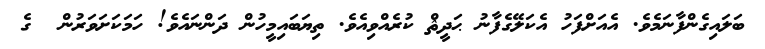
ބަލައިގެންފާނަމެވެ. އެއަށްފަހު އެކަލޭގެފާނު ޙަދީޘް ކުރެއްވިއެވެ. ތިޔަބައިމީހުން ދަންނައެވެ! ހަމަކަށަވަރުން  ގެ